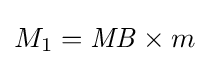
M_{1}={\mathit {MB}}\times m